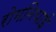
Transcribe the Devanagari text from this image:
रोमनियाई